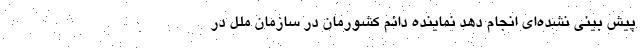
پیش بینی نشده‌ای انجام دهد نماینده دائم کشورمان در سازمان ملل در